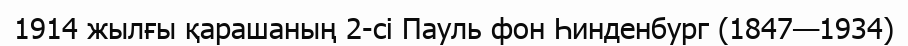
1914 жылғы қарашаның 2-сі Пауль фон Һинденбург (1847—1934)